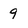
Character: 9